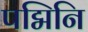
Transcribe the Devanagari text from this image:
पद्मिनि